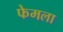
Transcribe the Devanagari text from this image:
फेमला